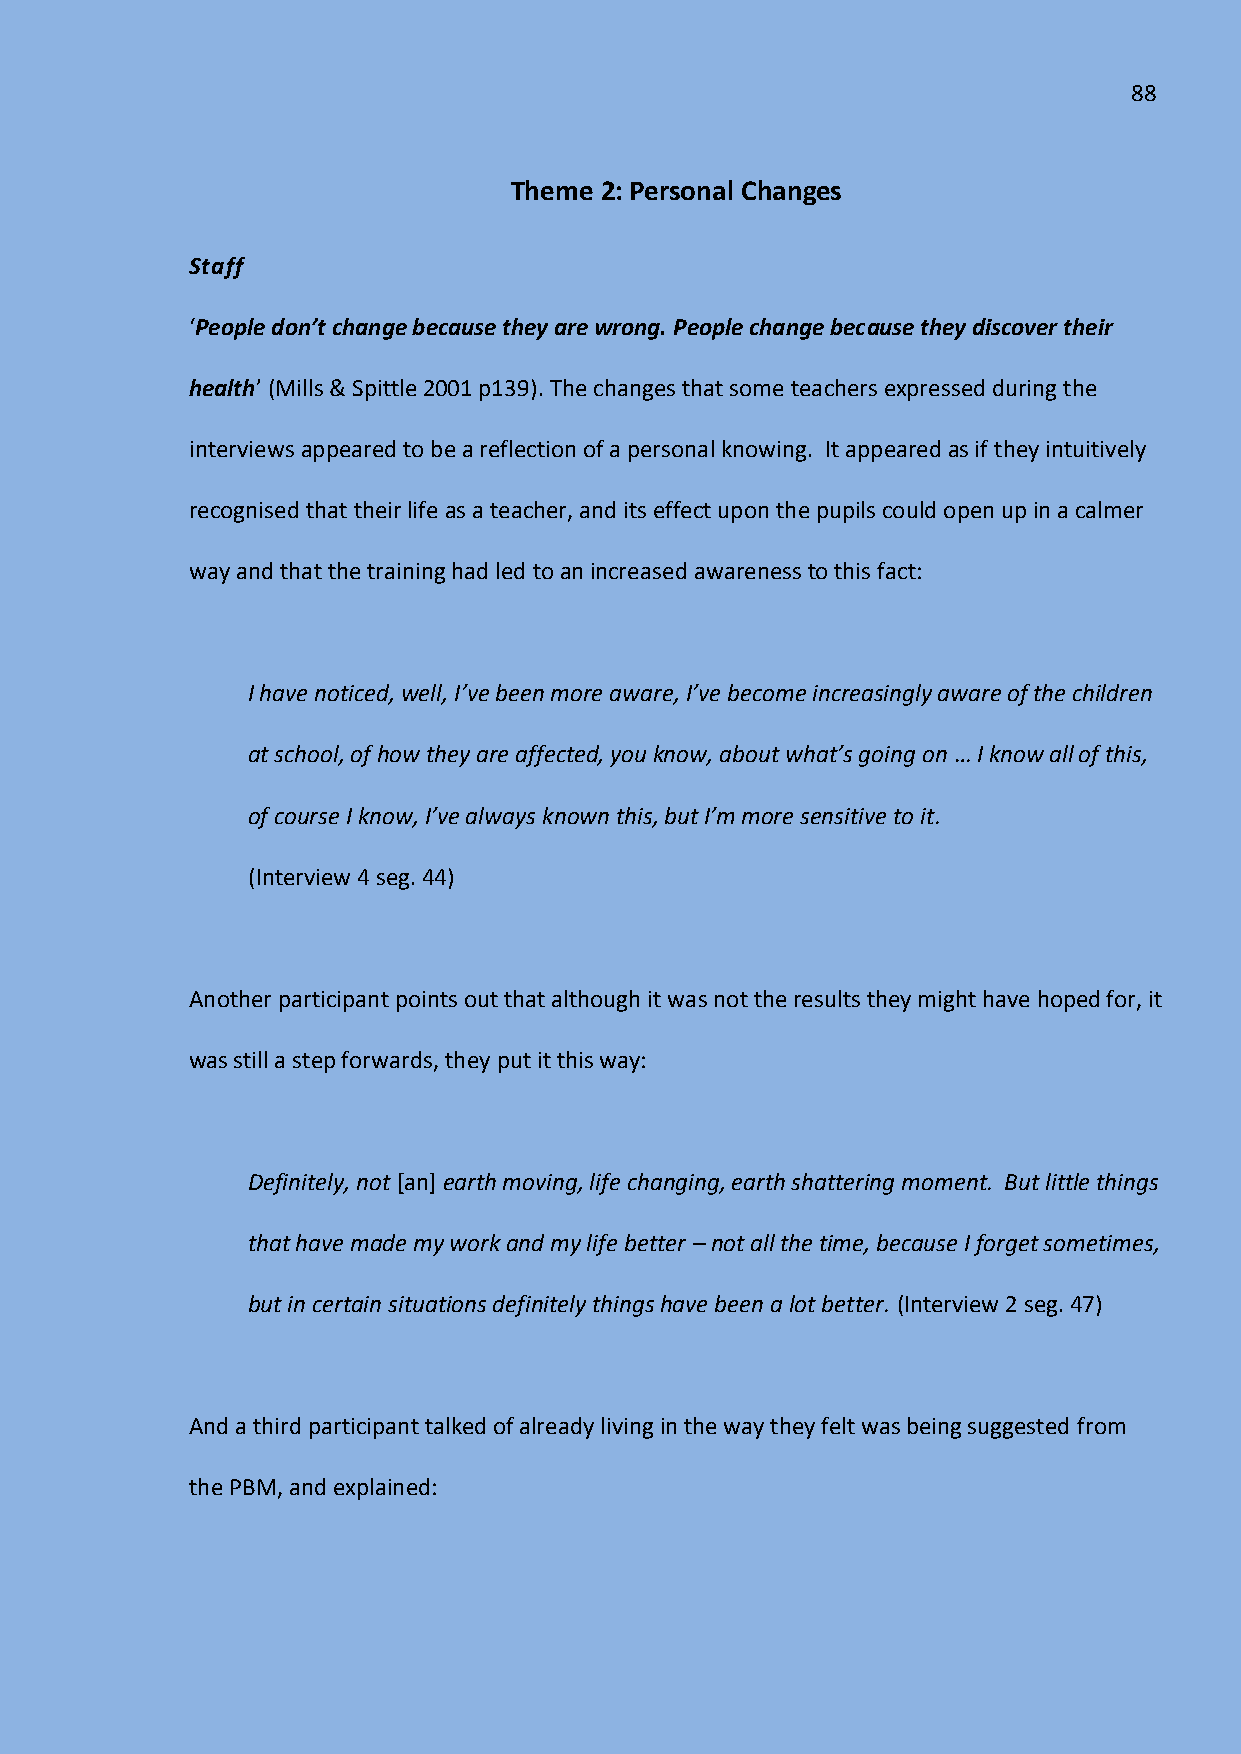
88
 Theme 2: Personal Changes
 Staff
 ‘People don’t change because they are wrong. People change because they discover their
 health’ (Mills & Spittle 2001 p139). The changes that some teachers expressed during the
 interviews appeared to be a reflection of a personal knowing. It appeared as if they intuitively
 recognised that their life as a teacher, and its effect upon the pupils could open up in a calmer
 way and that the training had led to an increased awareness to this fact:
 I have noticed, well, I’ve been more aware, I’ve become increasingly aware of the children
 at school, of how they are affected, you know, about what’s going on … I know all of this,
 of course I know, I’ve always known this, but I’m more sensitive to it.
 (Interview 4 seg. 44)
 Another participant points out that although it was not the results they might have hoped for, it
 was still a step forwards, they put it this way:
 Definitely, not [an] earth moving, life changing, earth shattering moment. But little things
 that have made my work and my life better – not all the time, because I forget sometimes,
 but in certain situations definitely things have been a lot better. (Interview 2 seg. 47)
 And a third participant talked of already living in the way they felt was being suggested from
 the PBM, and explained: